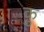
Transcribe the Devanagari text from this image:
कु़